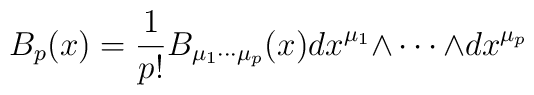
B_p(x)={1\over p!}B_{\mu_1\cdots \mu_p}(x)dx^{\mu_1} {\wedge\cdots\wedge}dx^{\mu _p}